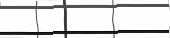
١٣